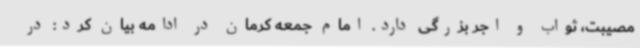
مصیبت، ثواب و اجر بزرگی دارد. امام جمعه کرمان در ادامه بیان کرد: در